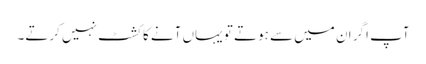
آپ اگر ان میں سے ہوتے تو یہاں آنے کا کشٹ نہیں کرتے۔